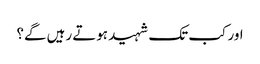
اور کب تک شہید ہوتے رہیں گے؟